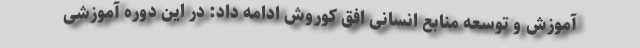
آموزش و توسعه منابع انسانی افق کوروش ادامه داد: در این دوره آموزشی